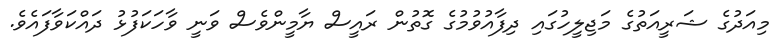
މިއަދުގެ ޝަރީއަތުގެ މަޖިލީހުގައި ދިފާއުވުމުގެ ގޮތުން ރައީސް ޔާމީންވެސް ވަނީ ވާހަކަފުޅު ދައްކަވާފައެވެ.